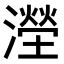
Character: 𣿩